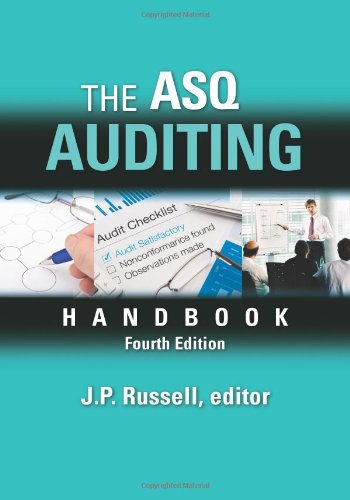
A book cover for The ASQ Auditing Handbook, Fourth Edition; J.P. Russell; Business & Money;